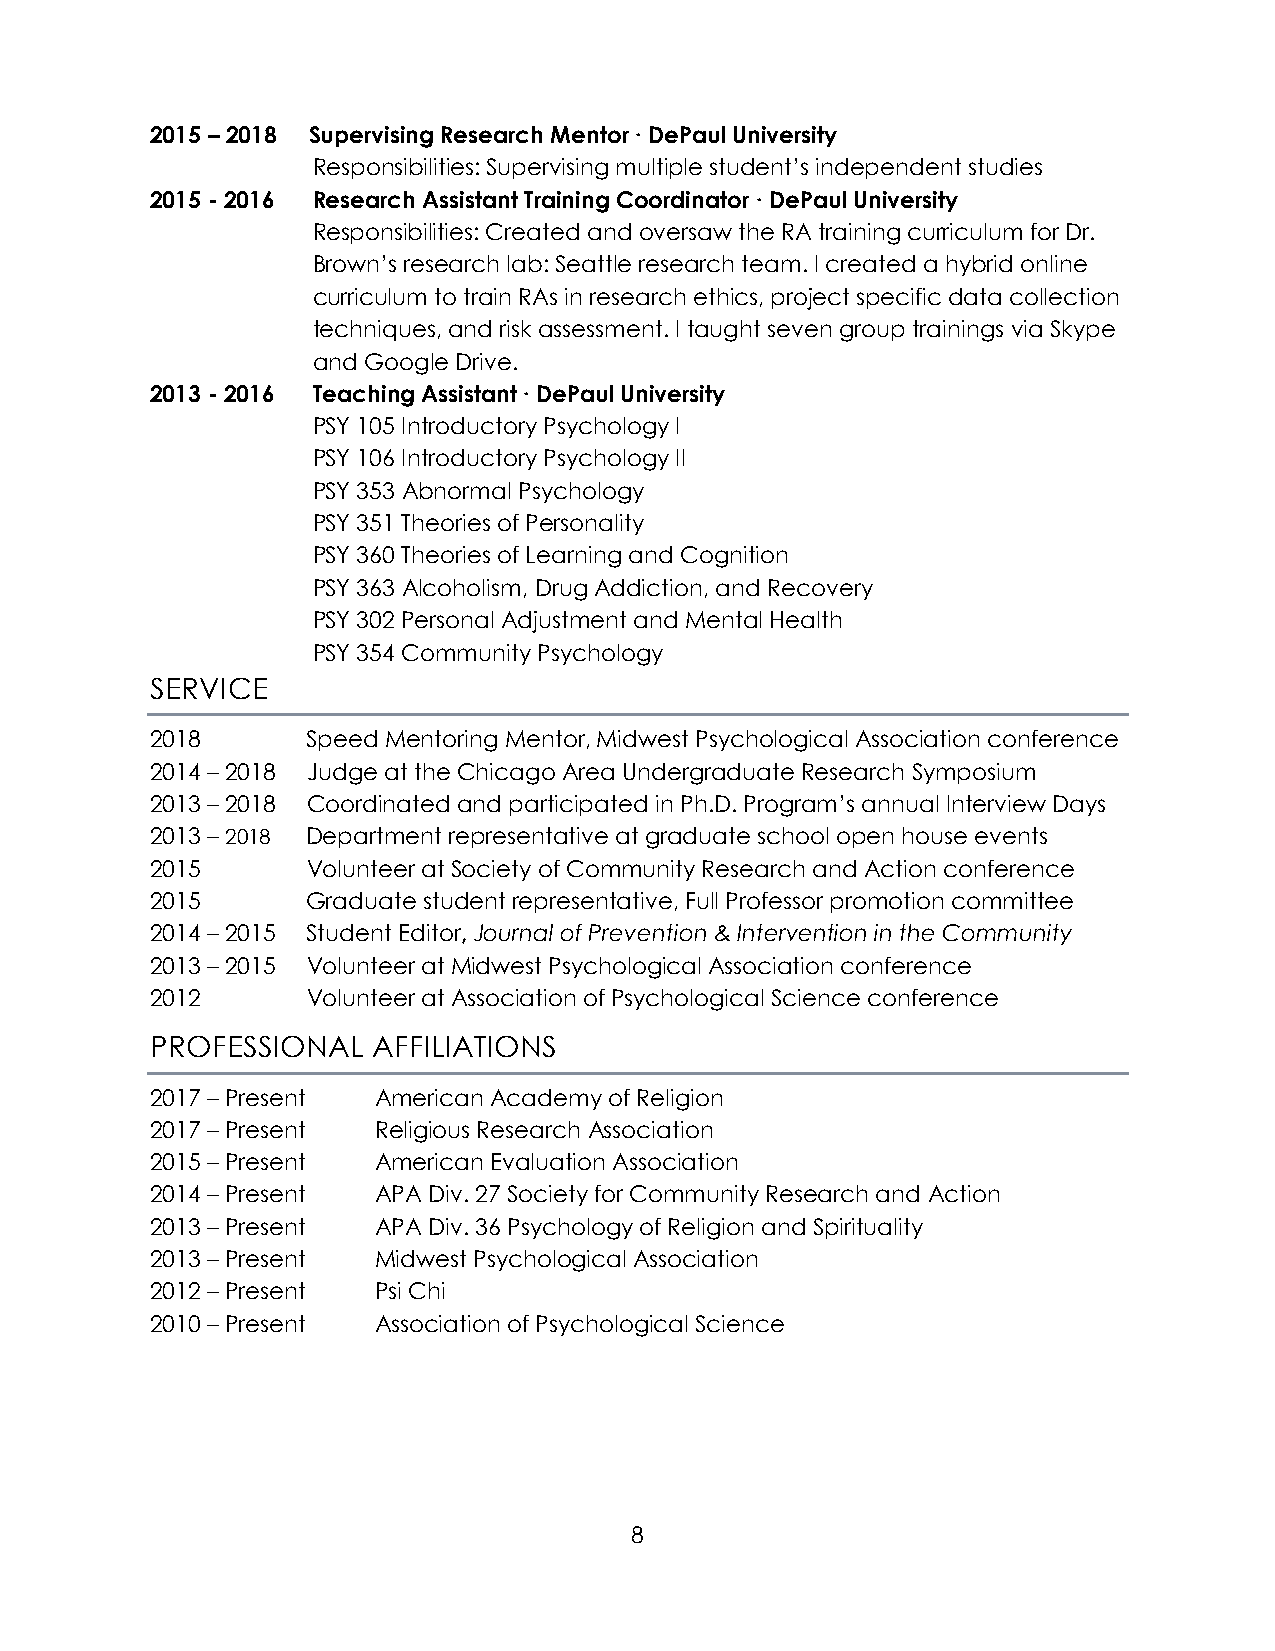
2015 – 2018 Supervising Research Mentor ∙ DePaul University
 Responsibilities: Supervising multiple student’s independent studies
 2015 - 2016 Research Assistant Training Coordinator ∙ DePaul University
 Responsibilities: Created and oversaw the RA training curriculum for Dr.
 Brown’s research lab: Seattle research team. I created a hybrid online
 curriculum to train RAs in research ethics, project specific data collection
 techniques, and risk assessment. I taught seven group trainings via Skype
 and Google Drive.
 2013 - 2016 Teaching Assistant ∙ DePaul University
 PSY 105 Introductory Psychology I
 PSY 106 Introductory Psychology II
 PSY 353 Abnormal Psychology
 PSY 351 Theories of Personality
 PSY 360 Theories of Learning and Cognition
 PSY 363 Alcoholism, Drug Addiction, and Recovery
 PSY 302 Personal Adjustment and Mental Health
 PSY 354 Community Psychology
 SERVICE
 2018      Speed Mentoring Mentor, Midwest Psychological Association conference
 2014 – 2018 Judge at the Chicago Area Undergraduate Research Symposium
 2013 – 2018 Coordinated and participated in Ph.D. Program’s annual Interview Days
 2013 – 2018 Department representative at graduate school open house events
 2015      Volunteer at Society of Community Research and Action conference
 2015      Graduate student representative, Full Professor promotion committee
 2014 – 2015 Student Editor, Journal of Prevention & Intervention in the Community
 2013 – 2015 Volunteer at Midwest Psychological Association conference
 2012      Volunteer at Association of Psychological Science conference
 PROFESSIONAL   AFFILIATIONS
 2017 – Present American Academy of Religion
 2017 – Present Religious Research Association
 2015 – Present American Evaluation Association
 2014 – Present APA Div. 27 Society for Community Research and Action
 2013 – Present APA Div. 36 Psychology of Religion and Spirituality
 2013 – Present Midwest Psychological Association
 2012 – Present Psi Chi
 2010 – Present Association of Psychological Science
 8